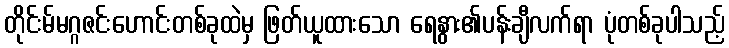
တိုင်းမ်မဂ္ဂဇင်းဟောင်းတစ်ခုထဲမှ ဖြတ်ယူထားသော ရေနွား၏ပန်းချီလက်ရာ ပုံတစ်ခုပါသည့်